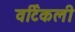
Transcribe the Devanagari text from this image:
वर्टिकली